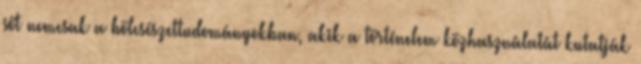
sőt nemcsak a bölcsészettudományokban, akik a történelem közhasználatát kutatják